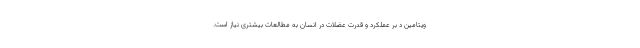
ویتامین د بر عملکرد و قدرت عضلات در انسان به مطالعات بیشتری نیاز است.